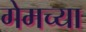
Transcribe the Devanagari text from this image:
गेमच्या